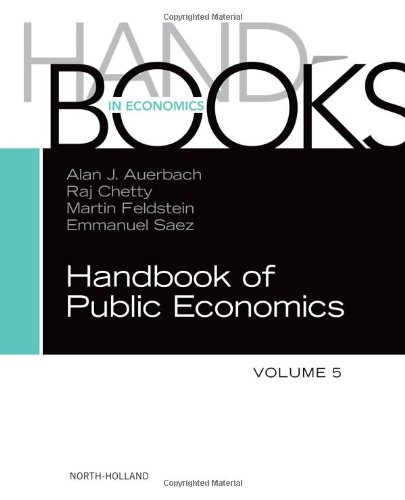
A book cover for Handbook of Public Economics, Volume 5 (Handbooks in Economics: Different Titles); Business & Money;